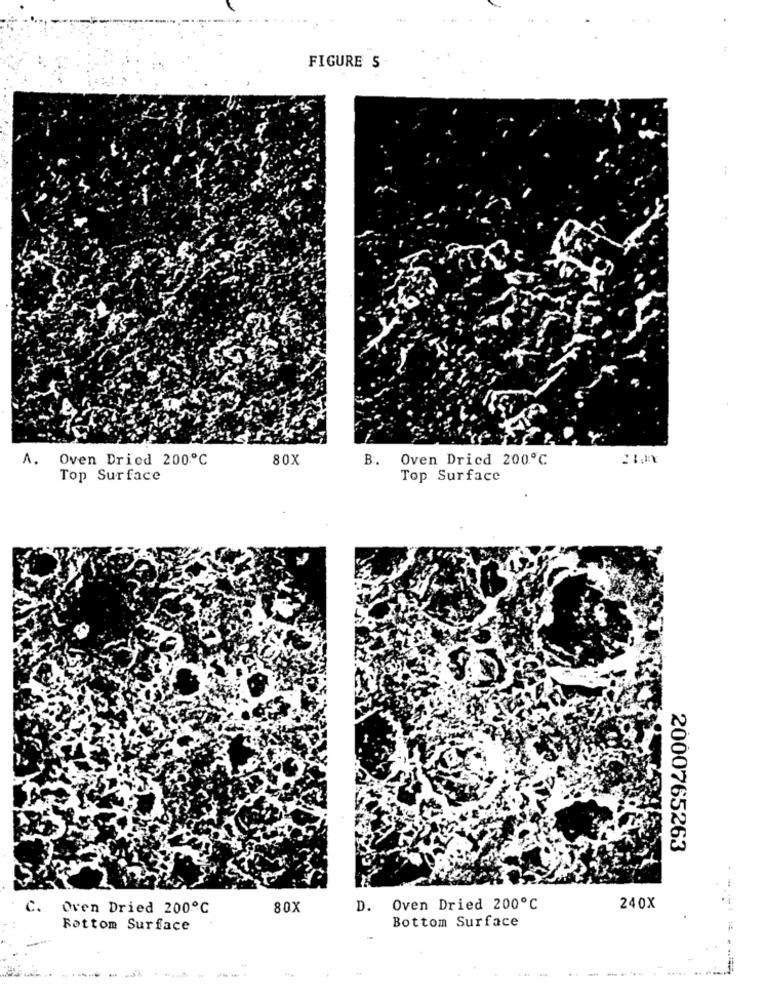
FIGURE 5
A.
Oven Dried 200℃
80X
B.
Oven Dried 200℃
Top Surface
Top Surface
2000765263
C.
Oven Dried 200℃
80X
D.
Oven Dried 200℃
240X
Bottom Surface
Rottom Surface
------
------